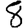
Digit: 8